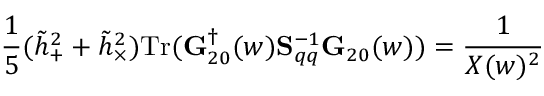
\frac 1 5 ( { \tilde { h } } _ { + } ^ { 2 } + { \tilde { h } } _ { \times } ^ { 2 } ) \mathrm { T r } ( { \bf G } _ { 2 0 } ^ { \dagger } ( w ) { \bf S } _ { q q } ^ { - 1 } { \bf G } _ { 2 0 } ( w ) ) = \frac { 1 } { X ( w ) ^ { 2 } }